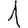
Digit: 1